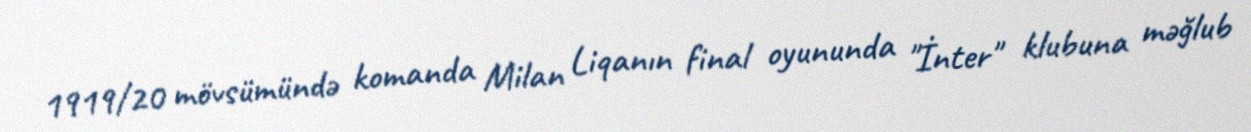
1919/20 mövsümündə komanda Milan Liqanın final oyununda "İnter" klubuna məğlub